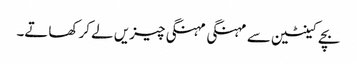
بچے کینٹین سے مہنگی مہنگی چیزیں لے کر کھاتے۔